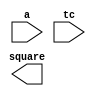
////////////////////////////////////////////////////////////////////////////////
//
//       This confidential and proprietary software may be used only
//     as authorized by a licensing agreement from Synopsys Inc.
//     In the event of publication, the following notice is applicable:
//
//                    (C) COPYRIGHT 1994 - 2016 SYNOPSYS INC.
//                           ALL RIGHTS RESERVED
//
//       The entire notice above must be reproduced on all authorized
//     copies.
//
//
// VERSION:   Verilog Simulation Architecture
//
// DesignWare_version: b533437c
// DesignWare_release: K-2015.06-DWBB_201506.5.2
//
////////////////////////////////////////////////////////////////////////////////
//------------------------------------------------------------------------------
//
// ABSTRACT:  Integer square
//  RPH 07/17/2002 
//      Added X-processing and parameter checking
//---------------------------------------------------------------------------
module DW_square(a,tc,square);
parameter	width = 8;
input	[width-1:0]	a;
input			tc;
output	[width+width-1:0]	square;
wire	[width+width-1:0]	square;

wire	[width-1:0]	abs_a;
  // synopsys translate_off 
  //-------------------------------------------------------------------------
  // Parameter legality check
  //-------------------------------------------------------------------------

  
 
  initial begin : parameter_check
    integer param_err_flg;

    param_err_flg = 0;
    
    
    if (width < 1) begin
      param_err_flg = 1;
      $display(
	"ERROR: %m :\n  Invalid value (%d) for parameter width (lower bound: 1)",
	width );
    end
  
    if ( param_err_flg == 1) begin
      $display(
        "%m :\n  Simulation aborted due to invalid parameter value(s)");
      $finish;
    end

  end // parameter_check 

     

    assign	abs_a = (a[width-1])? (~a + 1'b1) : a;

    assign	square = ((^(a ^ a) !== 1'b0) || (^(tc ^ tc) !== 1'b0)) ? {width*2{1'bx}} :
			 tc == 1'b1 ? abs_a * abs_a : a * a ;
// synopsys translate_on
endmodule